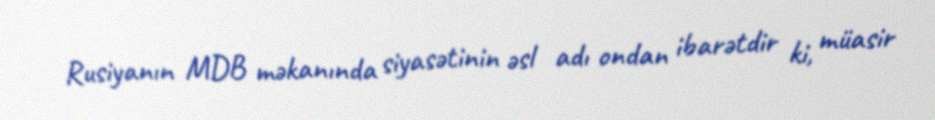
Rusiyanın MDB məkanında siyasətinin əsl adı ondan ibarətdir ki, müasir